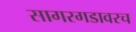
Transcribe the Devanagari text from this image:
सागरगडावरच